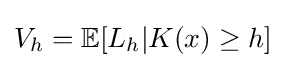
V_{h}=\mathbb {E} [L_{h}|K(x)\geq h]